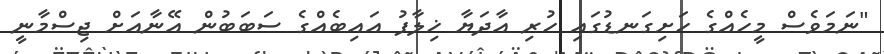
"ނަމަވެސް މީހެއްގެ ހަށިގަނޑުގައި ހުރި އާދަޔާ ޚިލާފު އައިބެއްގެ ސަބަބުން އޭނާއަށް ޖިސްމާނީ